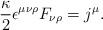
LaTeX: \begin{align*}\frac{\kappa}{2}\epsilon^{\mu\nu\rho}F_{\nu\rho}=j^{\mu}.\end{align*}